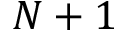
N + 1